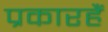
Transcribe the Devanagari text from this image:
प्रकारहैं